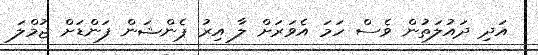
އަދި ދައުލަތުން ވެސް ހަމަ އެވަރަށް ލާ އިރު ޕެންޝަން ފަންޑަށް ޖުމްލަ